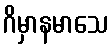
ဂိမှာနမာသေ